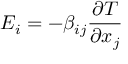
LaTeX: E _ { i } = - \beta _ { i j } { \frac { \partial T } { \partial x _ { j } } }